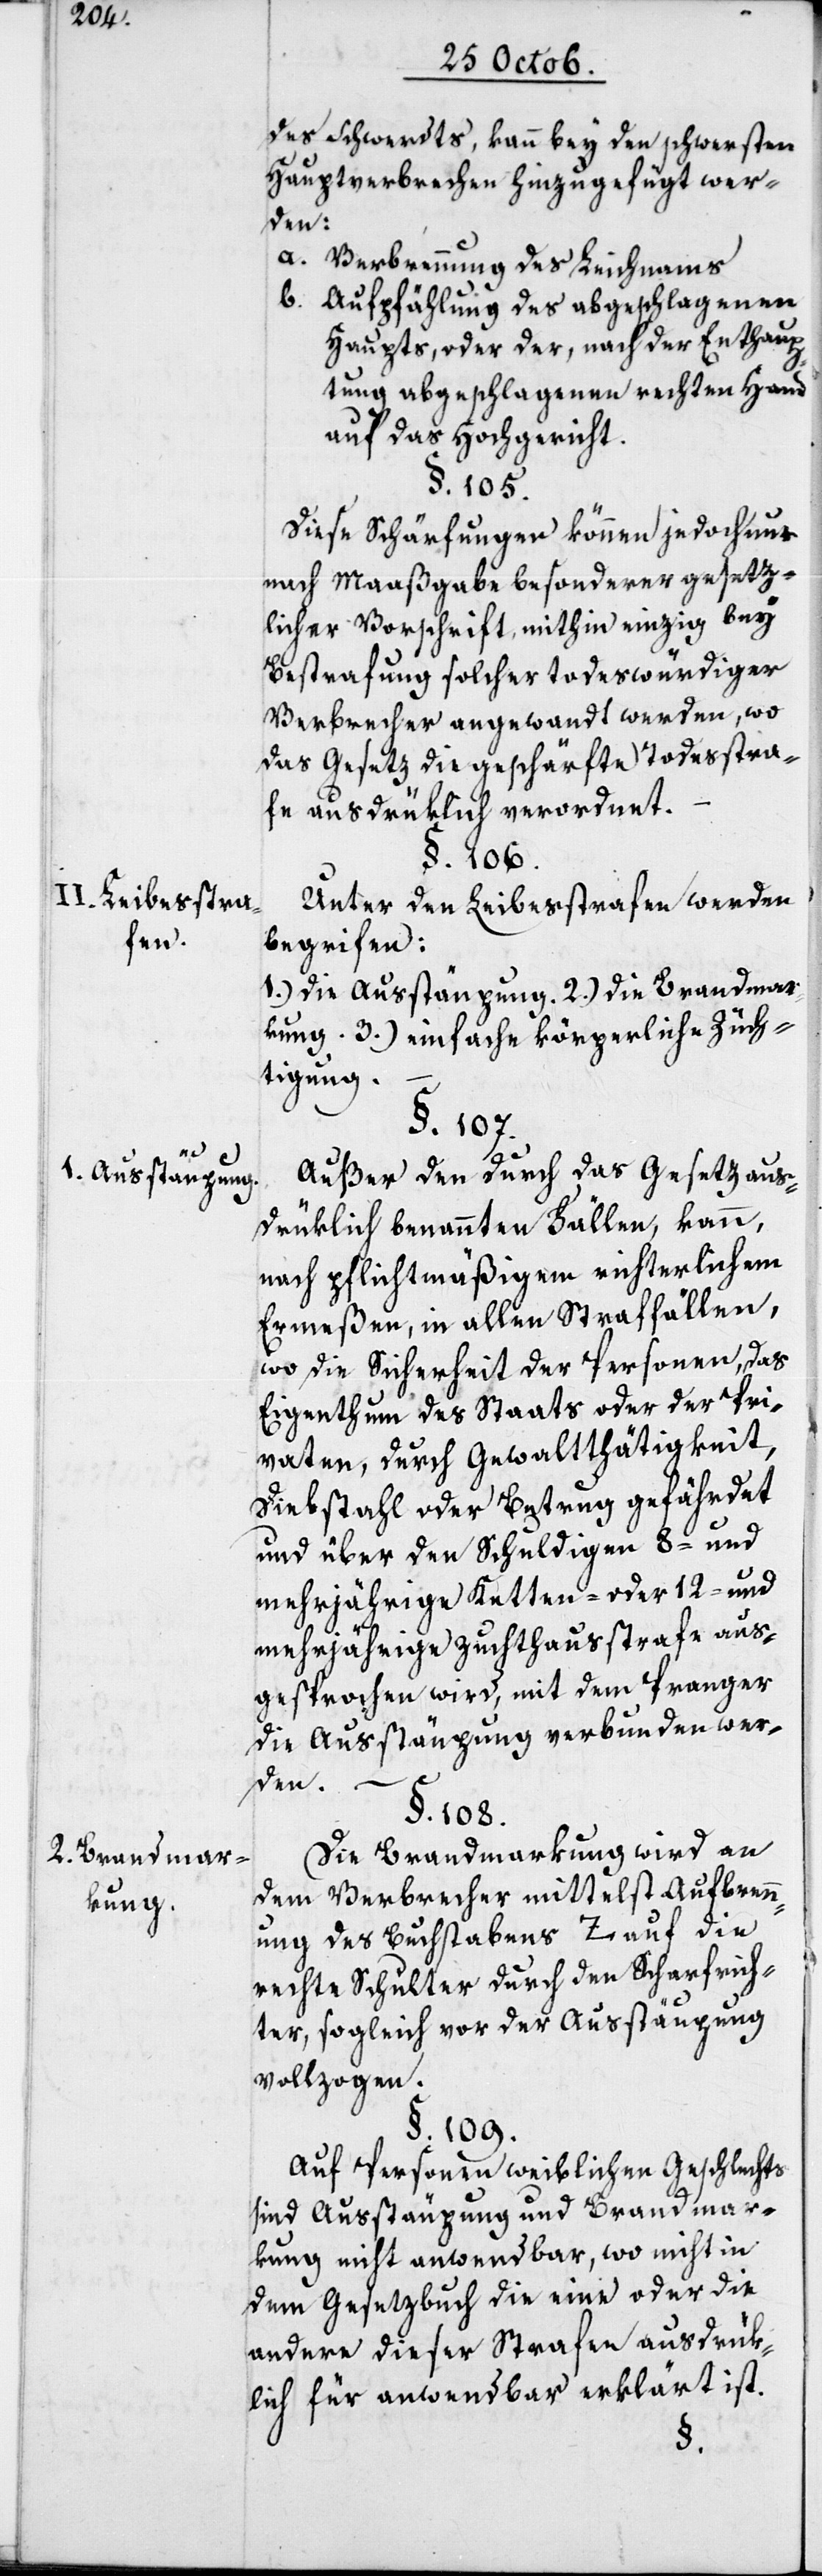
II. Leibesstra¬
fen.
1. Ausstäupung.
2. Brandmar¬
kung.

des Schwerdts, kann bey den schwersten
Hauptverbrechen hinzugefügt wer¬
den:
a. Verbrennung des Leichnams
b. Aufpfählung des abgeschlagenen
Haupts, oder der, nach der Enthaup¬
tung abgeschlagenen rechten Hand
auf das Hochgericht.
§. 105.
Diese Schärfungen können jedoch nur
nach Maaßgabe besonderer gesetz¬
licher Vorschrift, mithin einzig bey
Bestrafung solcher todeswürdiger
Verbrecher angewandt werden, wo
das Gesetz die geschärfte Todeßtra¬
fe ausdrüklich verordnet.
§. 106.
Unter den Leibesstrafen werden
begriffen:
1.) Die Ausstäupung. 2.) die Brandmar¬
kung. 3.) einfache körperliche Züch¬
tigung.
§. 107.
Außer den durch das Gesetz aus¬
drüklich benannten Fällen, kann,
nach pflichtmäßigem richterlichem
Ermeßen, in allen Straffällen,
wo die Sicherheit der Personen, das
Eigenthum des Staats oder der Pri¬
vaten, durch Gewaltthätigkeit,
Diebstahl oder Betrug gefährdet,
und über den Schuldigen 8- und
mehrjährige Ketten oder 12- und
mehrjährige Zuchthausstrafe aus¬
gesprochen wird, mit dem Pranger
die Ausstäupung verbunden wer¬
den.
§. 108.
Die Brandmarkung wird an
dem Verbrecher mittelst Aufbrenn¬
ung des Buchstabens Z auf die
rechte Schulter durch den Scharfrich¬
ter, sogleich vor der Ausstäupung
vollzogen.
§. 109.
Auf Personen weiblichen Geschlechts
sind Ausstäupungg und Brandmar¬
kung nicht anwendbar, wo nicht in
dem Gesetzbuch die eine oder die
andere dieser Strafen ausdrük¬
lich für anwendbar erklärt ist.